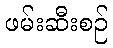
ဖမ်းဆီးစဉ်